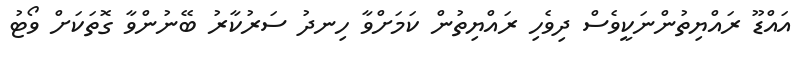
އައްޑޫ ރައްޔިތުންނަކީވެސް ދިވެހި ރައްޔިތުން ކަމަށްވާ ހިނދު ސަރުކާރު ބޭނުންވާ ގޮތަކަށް ވޯޓު